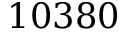
1 0 3 8 0